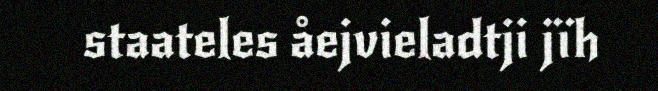
staateles åejvieladtji jïh